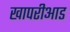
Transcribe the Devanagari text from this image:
खापरीआड